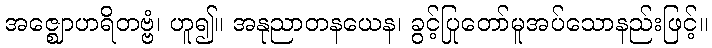
အဇ္ဈောဟရိတဗ္ဗံ၊ ဟူ၍။ အနုညာတနယေန၊ ခွင့်ပြုတော်မူအပ်သောနည်းဖြင့်။